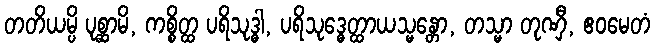
တတိယမ္ပိ ပုစ္ဆာမိ, ကစ္စိတ္ထ ပရိသုဒ္ဓါ, ပရိသုဒ္ဓေတ္ထာယသ္မန္တော, တသ္မာ တုဏှီ, ဧဝမေတံ